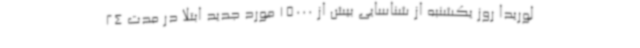
لوریدا روز یکشنبه از شناسایی بیش از 15000 مورد جدید ابتلا در مدت 24